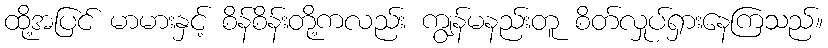
ထို့အပြင် မာမားနှင့် စိန်စိန်းတို့ကလည်း ကျွန်မနည်းတူ စိတ်လှုပ်ရှားနေကြသည်။